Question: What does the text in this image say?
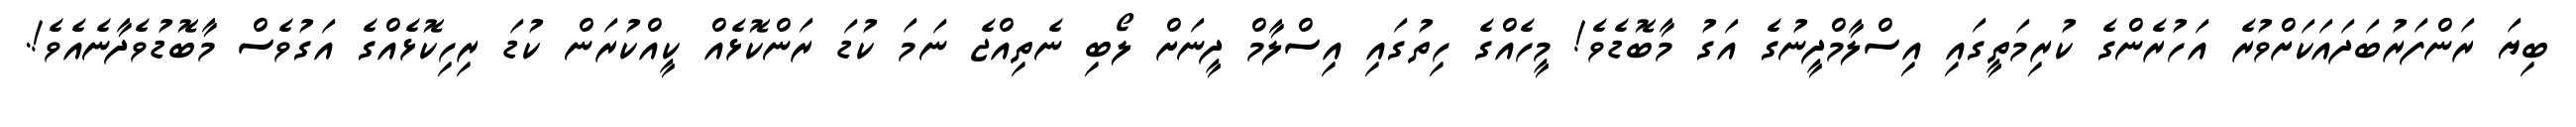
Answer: ބިޔަ ރަންފަރުބަދައަކަށްވުރެ އަހުރެންގެ ކުރިމަތީގައި އިސްލާމްދީނުގެ އަގު މާބޮޑެވެ! މީހެއްގެ ހިތުގައި އިސްލާމް ދީނަށް ލޯބި ނެތިއްޖެ ނަމަ ކުޑަ ރަންކޮޅެއް ކީއްކުރަން ކުޑަ ރިހިކޮޅެއްގެ އަގުވެސް މާބޮޑުވެދާނެއެވެ!.